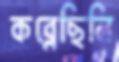
কব্‌লেছিলি